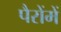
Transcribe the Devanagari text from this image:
पैरोंमें